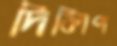
দিলিপ